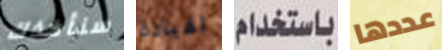
سنأخذك لقيادة باستخدام عددها